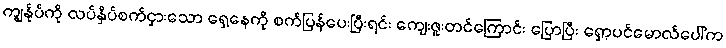
ကျွန်ုပ်ကို လပ်နှိပ်စက်ငှားသော ရှေ့နေကို စက်ပြန်ပေးပြီးရင်း ကျေးဇူးတင်ကြောင်း ပြောပြီး ရှော့ပင်မောလ်ပေါ်က